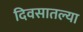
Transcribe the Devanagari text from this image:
दिवसातल्या